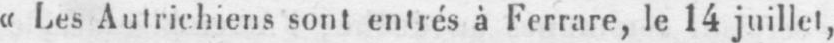
«Les Autrichiens sont entrés à Ferrare, le 14 juillet,